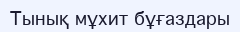
Тынық мұхит бұғаздары